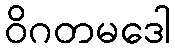
ဝိဂတမဒေါ